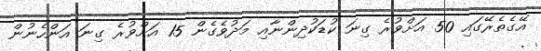
އޭގެތެރޭގައި 50 އަށްވުރެ ގިނަ ކުޑަކުދިންނާއި މަދުވެގެން 15 އަށްވުރެ ގިނަ އަންހެނުން